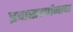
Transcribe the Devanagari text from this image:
प्रवासवर्णनाचा